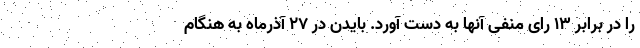
را در برابر ۱۳ رای منفی آنها به دست آورد. بایدن در 27 آذرماه به هنگام